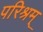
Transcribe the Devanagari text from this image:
परिश्रम्